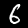
Digit: 6